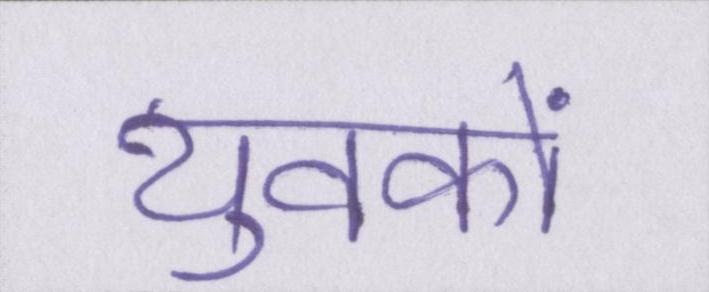
युवकों